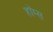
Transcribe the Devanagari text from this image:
हाॅम्स